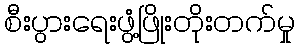
စီးပွားရေးဖွံ့ဖြိုးတိုးတက်မှု